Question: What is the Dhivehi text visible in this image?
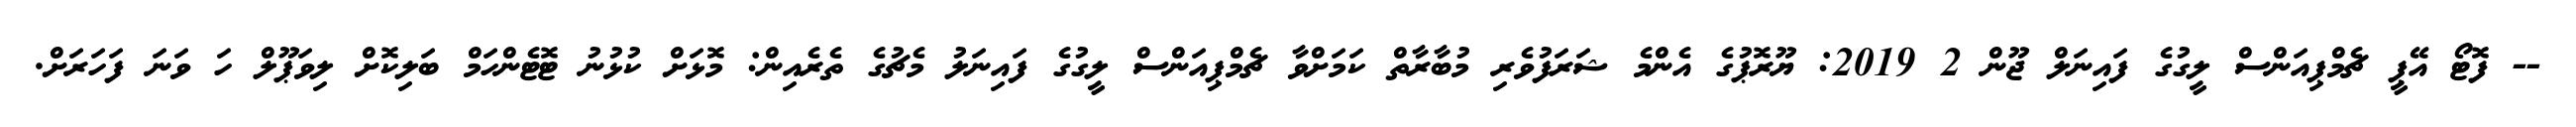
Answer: -- ފޮޓޯ އޭޕީ ޗެމްޕިއަންސް ލީގުގެ ފައިނަލް ޖޫން 2 2019: ޔޫރޮޕުގެ އެންމެ ޝަރަފުވެރި މުބާރާތް ކަމަށްވާ ޗެމްޕިއަންސް ލީގުގެ ފައިނަލު މެޗުގެ ތެރެއިން: މޮޅަށް ކުޅުނު ޓޮޓެންހަމް ބަލިކޮށް ލިވަޕޫލް ހަ ވަނަ ފަހަރަށް.